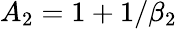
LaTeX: A_{2}=1+1/\beta_{2}